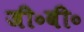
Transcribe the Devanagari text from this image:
जी॰बी॰